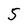
Character: 5